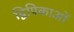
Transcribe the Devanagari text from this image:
द्विपिकाओं